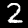
Digit: 2